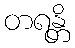
တရန္တိ